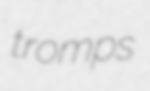
tromps